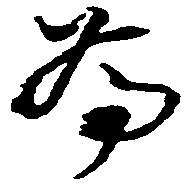
為